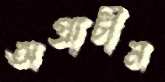
অপ্রাচীন